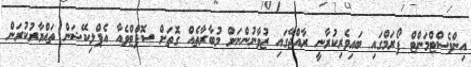
އިންވެސްޓްމަންޓް ފޯރަމްގައި ބައިވެރިކުރާނީ ރާއްޖޭގައި ޒުވާނުންނަށް މުބާރާތެއް ގޮތަށް ސޮފްޓްވެއާ އެޕްލިކޭޝަން ތައްޔާރުކުރަން